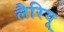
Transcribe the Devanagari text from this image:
लैरियू